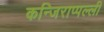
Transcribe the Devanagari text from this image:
कन्जिराप्पल्ली